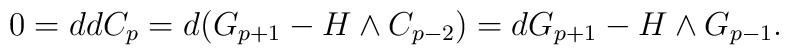
0=ddC_p=d(G_{p+1}-H\wedge C_{p-2})=dG_{p+1}-H\wedge G_{p-1}.